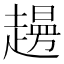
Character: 𧽱